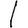
Digit: 1